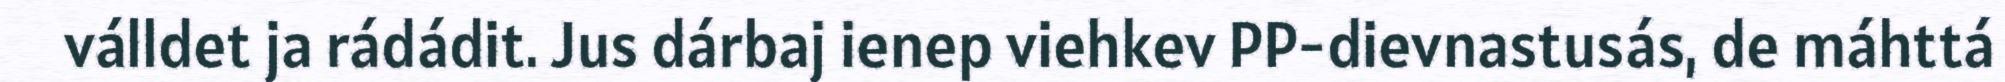
válldet ja rádádit. Jus dárbaj ienep viehkev PP-dievnastusás, de máhttá